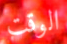
الوقت